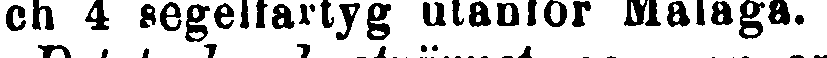
ch 4 segelfartyg utanför Malaga.